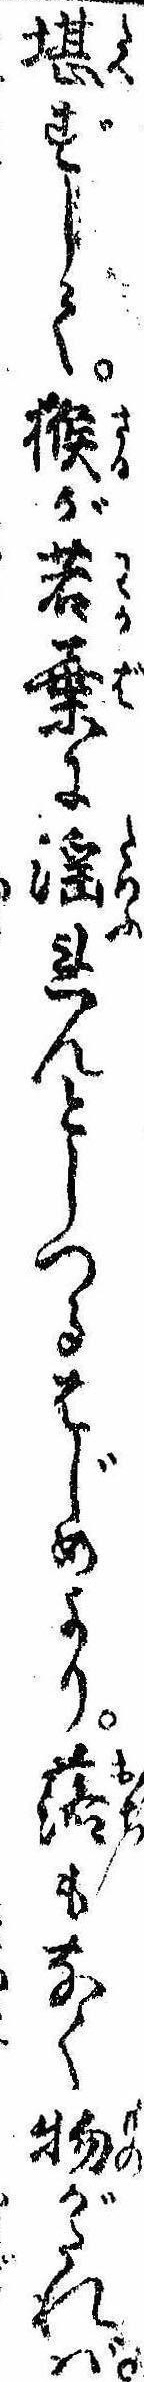
堪ずして猴が若葉に淫れんとしつるはじめより落もなく物がたれば